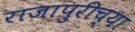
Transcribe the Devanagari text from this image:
राजापुरीच्या